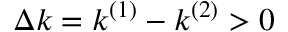
\Delta k = k ^ { ( 1 ) } - k ^ { ( 2 ) } > 0